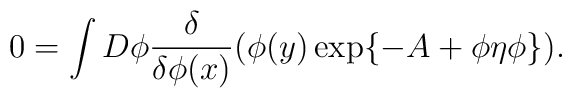
0 = \int D\phi \frac{\delta}{\delta\phi (x)}(\phi(y) \exp \{ -A + \phi\eta\phi \}).